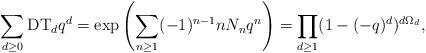
LaTeX: \begin{align*}\sum_{d \geq 0} \mathrm{DT}_{d}q^d=\exp\left(\sum_{n\geq 1} (-1)^{n-1} n N_n q^n \right)=\prod_{d\geq 1}(1-(-q)^d)^{d \Omega_d},\end{align*}